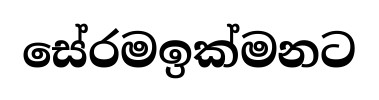
සේරමඉක්මනට